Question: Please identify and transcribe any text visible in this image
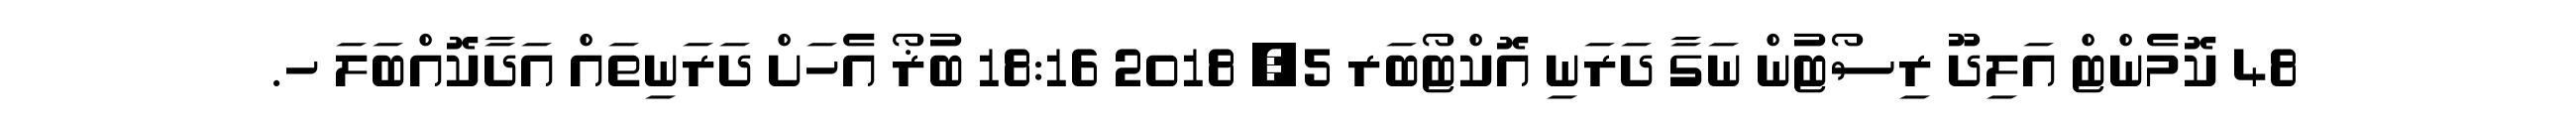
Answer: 48 ކޮމެންޓް އަލިދޫ ރިސޯޓުން ނަގާ ދަރަނި އޮކްޓޯބަރ 5, 2018 18:16 ބުޜޯ އެހަށް ދަރަނިތައް އަދާކޮއްބަލަ ހ.